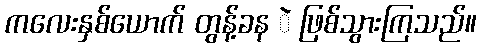
ကလေးနှစ်ယောက် တွန့်ခန ဲ ဖြစ်သွားကြသည်။